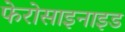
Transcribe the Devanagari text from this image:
फेरोसाइनाइड